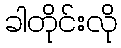
ခါတိုင်းလို